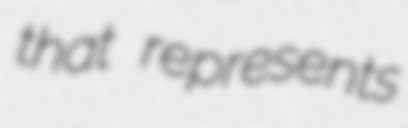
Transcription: that represents